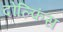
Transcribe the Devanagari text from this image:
दोल्फिंस